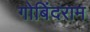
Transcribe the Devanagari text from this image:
गोबिंदराम